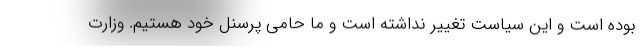
بوده است و این سیاست تغییر نداشته است و ما حامی پرسنل خود هستیم. وزارت